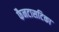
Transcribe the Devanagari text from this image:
फैनटासटिका